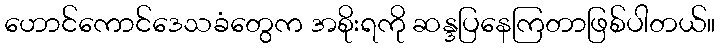
ဟောင်ကောင်ဒေသခံတွေက အစိုးရကို ဆန္ဒပြနေကြတာဖြစ်ပါတယ်။